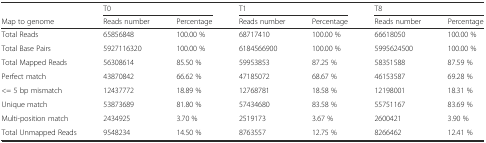
<table><thead><tr><td></td><td colspan="2"><b>T0</b></td><td colspan="2"><b>T1</b></td><td colspan="2"><b>T8</b></td></tr><tr><td><b>Map to genome</b></td><td><b>Reads number</b></td><td><b>Percentage</b></td><td><b>Reads number</b></td><td><b>Percentage</b></td><td><b>Reads number</b></td><td><b>Percentage</b></td></tr></thead><tbody><tr><td>Total Reads</td><td>65856848</td><td>100.00 %</td><td>68717410</td><td>100.00 %</td><td>66618050</td><td>100.00 %</td></tr><tr><td>Total Base Pairs</td><td>5927116320</td><td>100.00 %</td><td>6184566900</td><td>100.00 %</td><td>5995624500</td><td>100.00 %</td></tr><tr><td>Total Mapped Reads</td><td>56308614</td><td>85.50 %</td><td>59953853</td><td>87.25 %</td><td>58351588</td><td>87.59 %</td></tr><tr><td>Perfect match</td><td>43870842</td><td>66.62 %</td><td>47185072</td><td>68.67 %</td><td>46153587</td><td>69.28 %</td></tr><tr><td>&lt;= 5 bp mismatch</td><td>12437772</td><td>18.89 %</td><td>12768781</td><td>18.58 %</td><td>12198001</td><td>18.31 %</td></tr><tr><td>Unique match</td><td>53873689</td><td>81.80 %</td><td>57434680</td><td>83.58 %</td><td>55751167</td><td>83.69 %</td></tr><tr><td>Multi-position match</td><td>2434925</td><td>3.70 %</td><td>2519173</td><td>3.67 %</td><td>2600421</td><td>3.90 %</td></tr><tr><td>Total Unmapped Reads</td><td>9548234</td><td>14.50 %</td><td>8763557</td><td>12.75 %</td><td>8266462</td><td>12.41 %</td></tr></tbody></table>